EELK_Tartu_Peetri_kogudus_(kirikutahed), lk 44
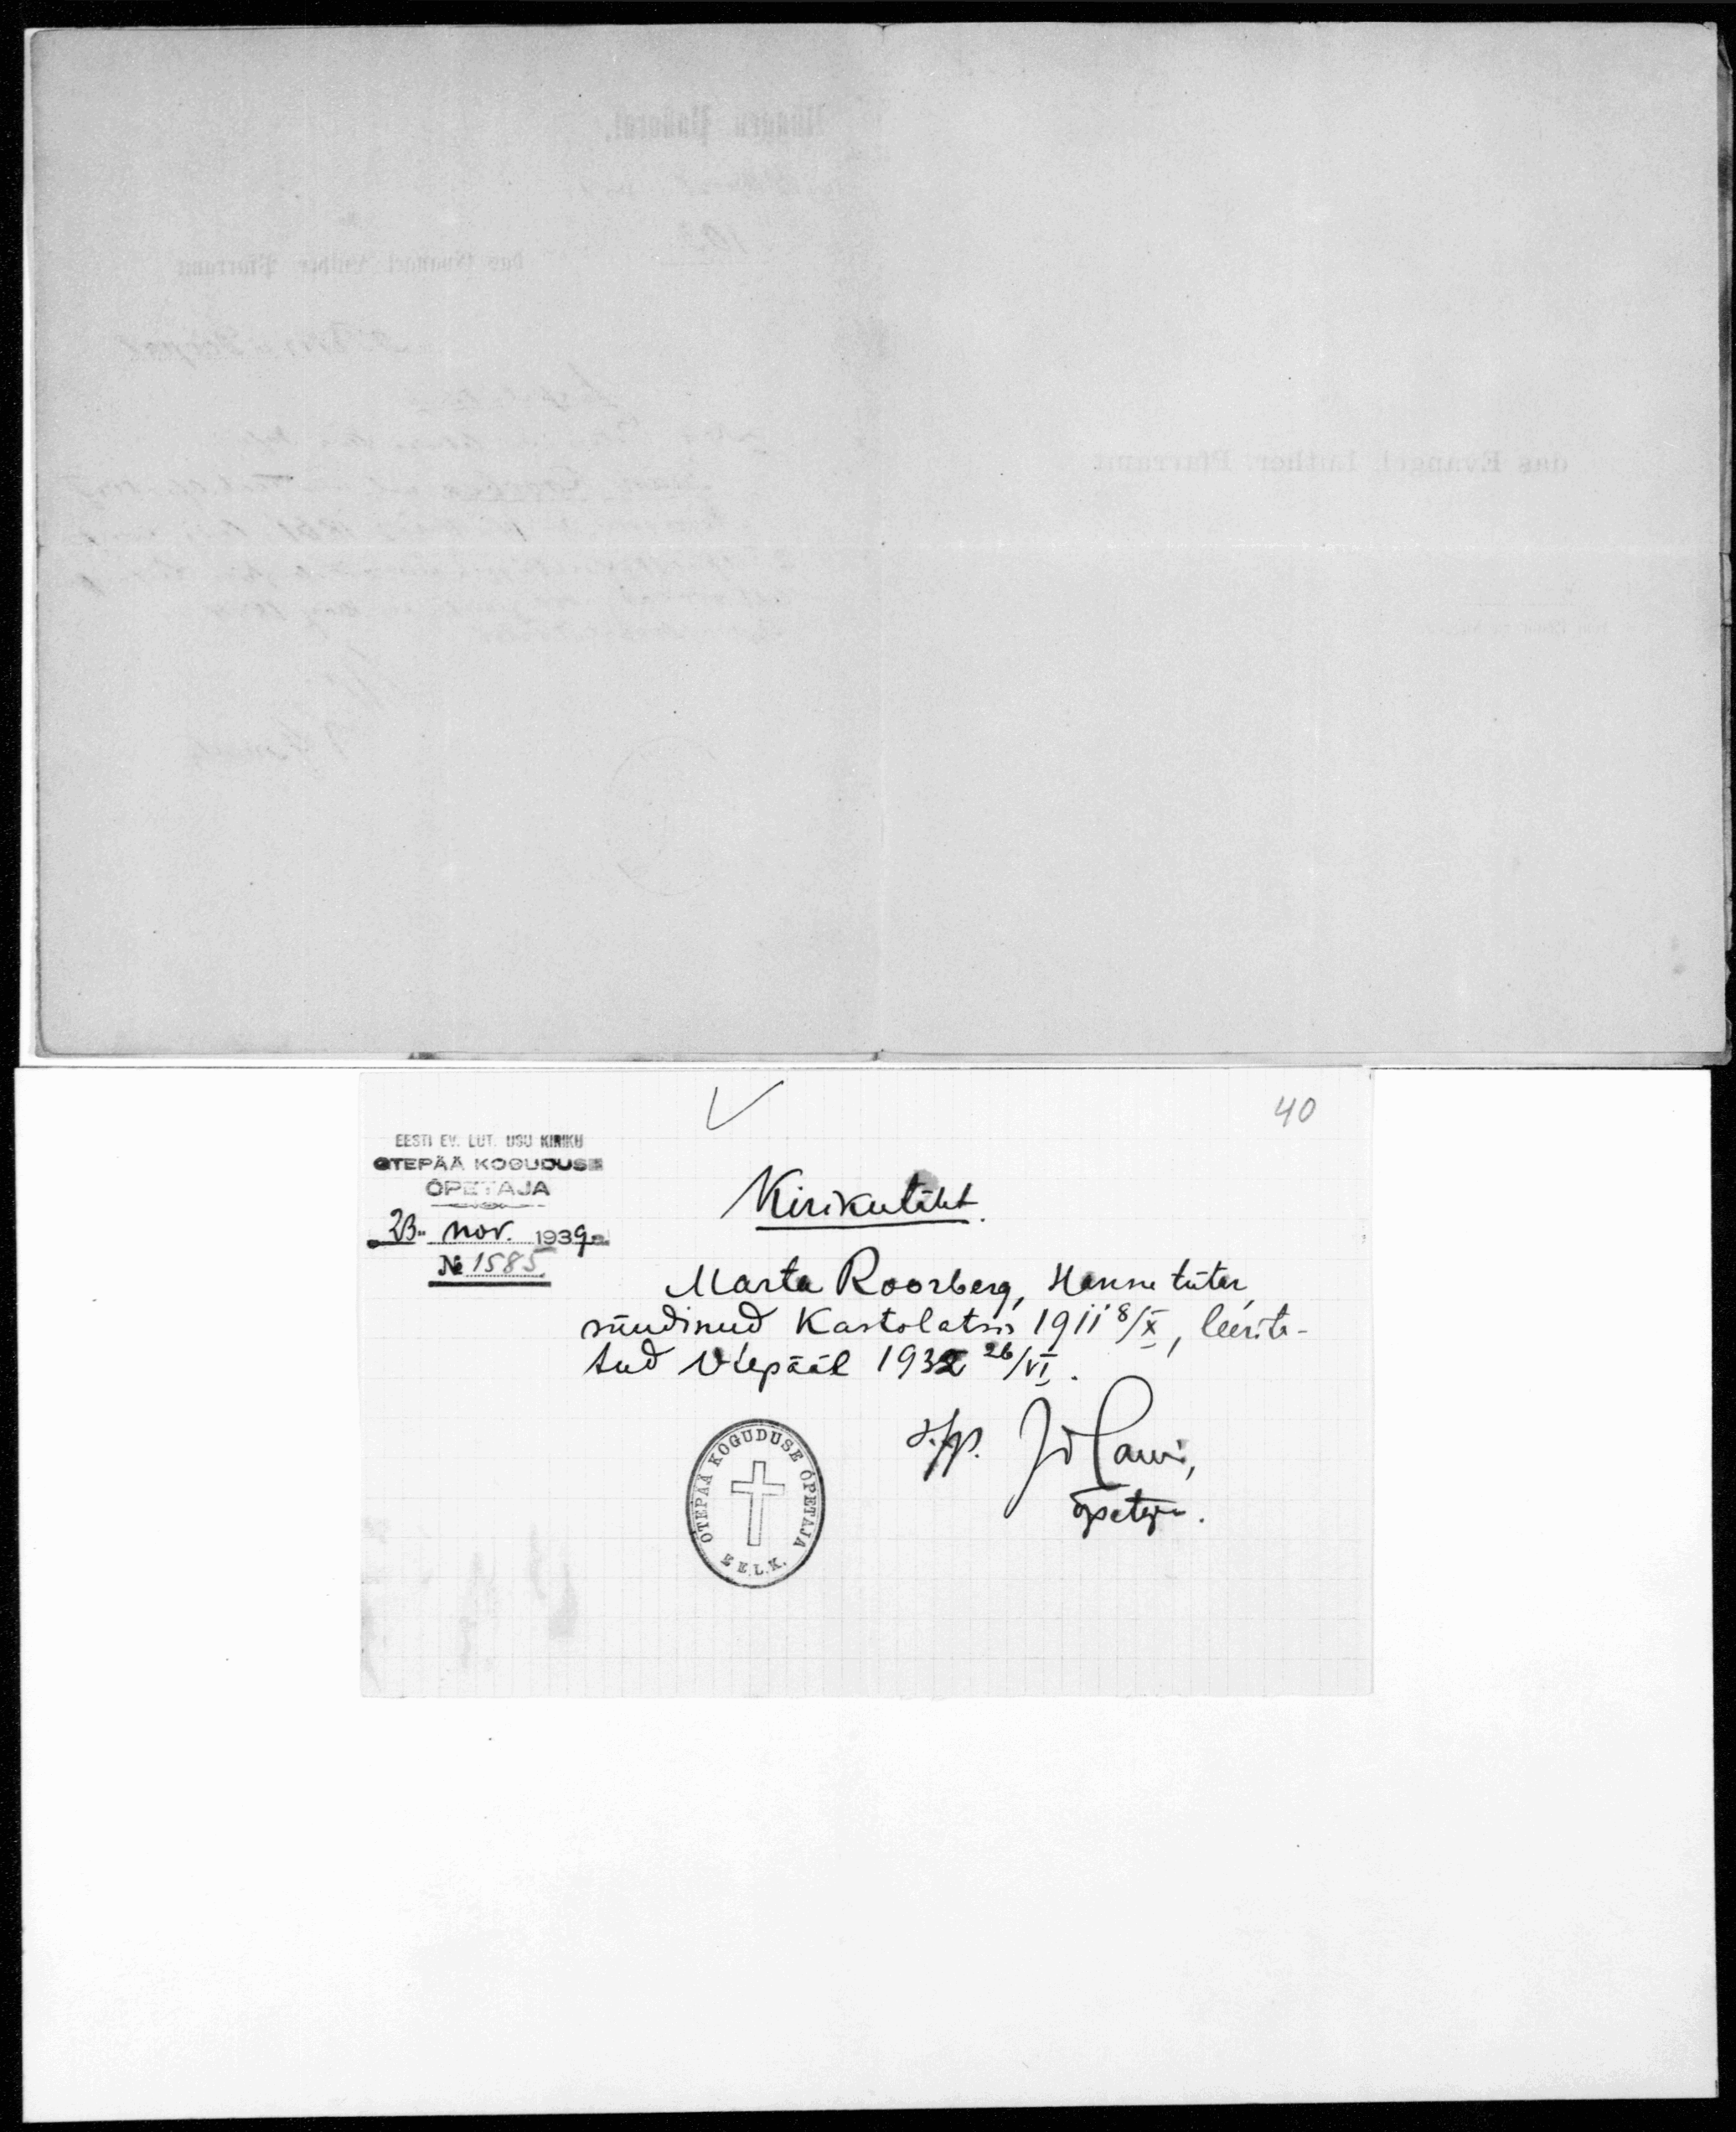
EESTI EV. LUT. USU KIRIKU
OTEPÄÄ KOGUDUSE
ÕPETAJA
Kirikutäht
"23" nov. 1939 a.
No 1585.
Marta Roosberg, Henni tütar
sündinud Kastolatsis 1911 8/X, leerita-
tud Otepääl 1932 26/VI.
õpetaja